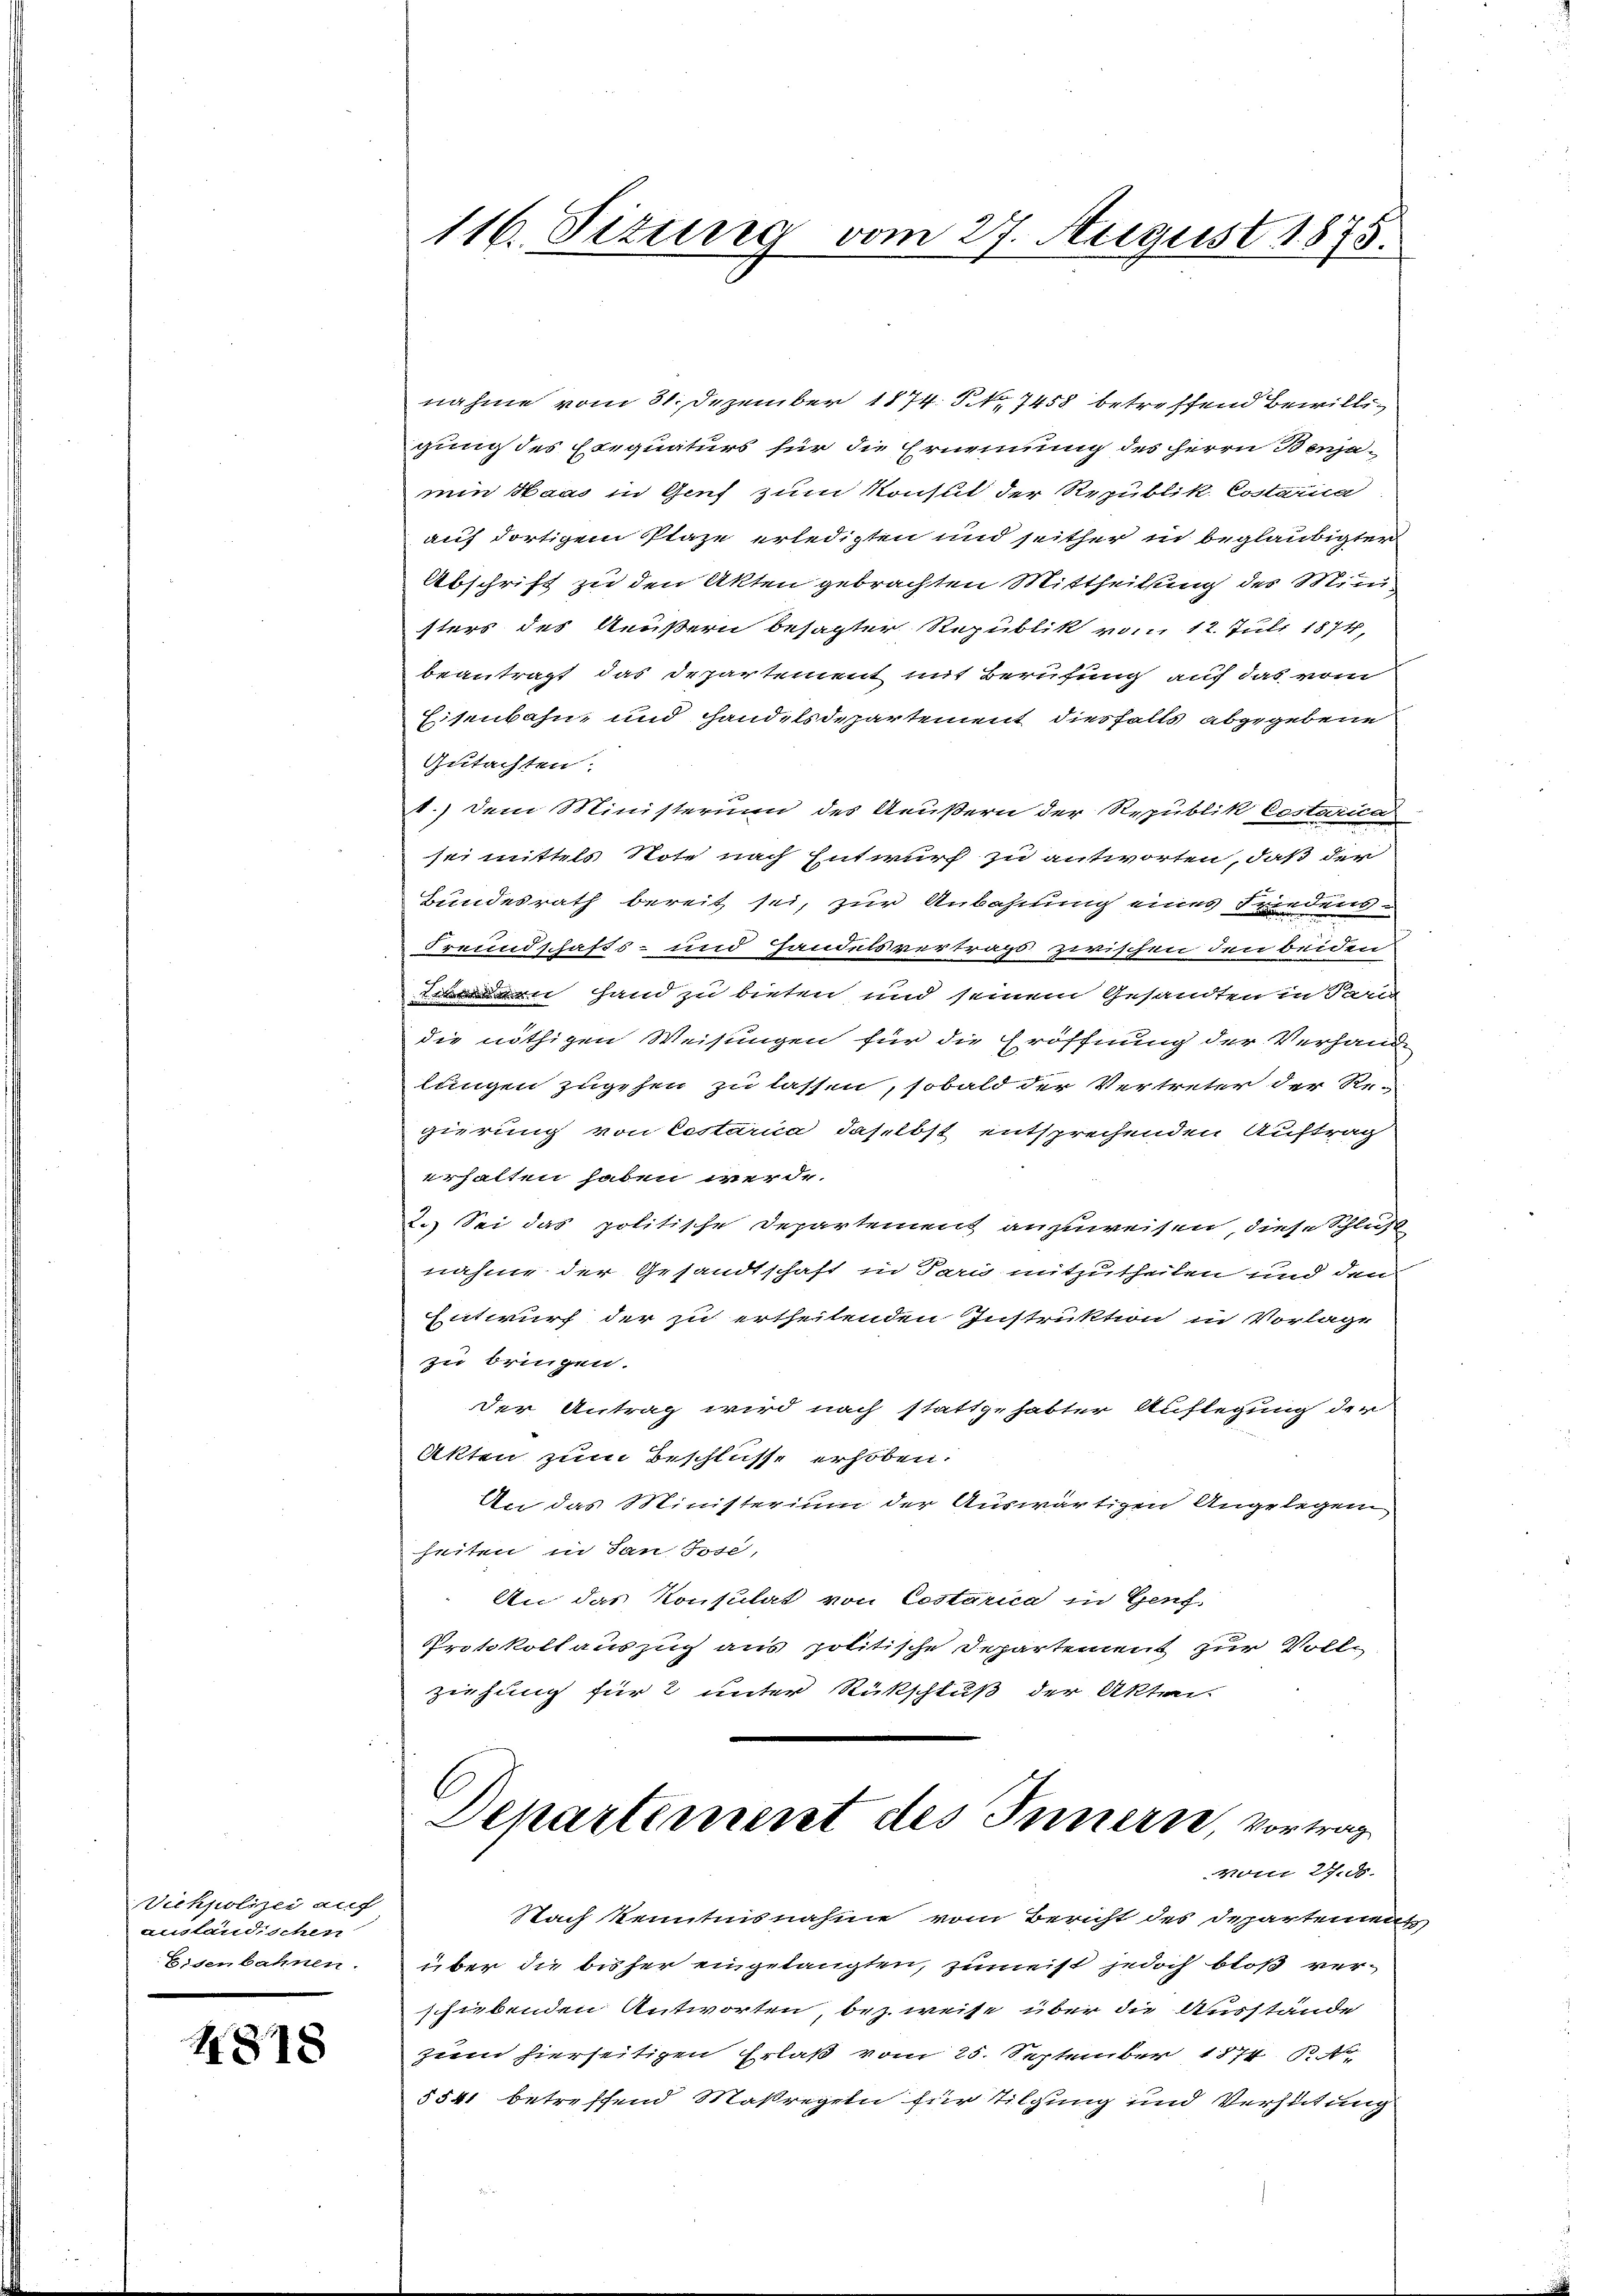
Viehpolizei auf
ausland schen
Eisenbahnen.

4818

116. Situng vom 27. August 1875.

nahme vom 31. Dezember 1874. S. 7458 betreffend Bewilligung des Erequaturs für die Ernennung des Herrn Benja-
min Haas in Genf zum Konsul der Republik Costaria
auf dortigem Plaze erledigten und seither in beglaubigter
Abschrift zu den Akten gebrachten Mittheilung des Mini
sters des Aeußern besagter Republik vom 12. Juli 1874,
beantragt das Departement mit Berufung auf das vom
Eisenbahn und Handelsdepartement diesfalls abgegebene
Gutachten:
1.) Dem Ministerium des Aeußern der Republik Costarica
sei mittels Note nach Entwurf zu antworten, daß der
Bundesrath bereit sei, zur Anbahnung eines Friedens¬
Freundschafts- und Handelsvertrags zwischen den beiden
n Hand zu bieten und seinem Gesandten in Parts
die nöthigen Weisungen für die Eröffnung der Verhand-
lungen zugehen zu lassen, sobald der Vertreter der Re-
gierung von Costarca, daselbst entsprechenden Auftrag
erhalten haben werde.
2.) Sei das politische Departement anzuweisen, diese Schluß
nahme der Gesandtschaft in Parimitzutheilen und den
Entwurf der zu ertheitenden Instruktion in Vorlage
zu bringen.
der Antrag wird nach stattgehabter Auflegung der
Akten zum Beschlusse erhoben.
An das Ministerium der Auswärtigen Angelegen
heiten, in San Jose,
An das Konsulat von Costarica in Genf,
Protokollauszug aus politische Departement zur Vollziehung für 2 unter Rückschluß der Akten.
Departement des Innern, Vortrag
Vom 27. d.
Nach Kenntnisnahme vom Bericht des Departemen
über die bisher eingelangten, zumeist jedoch bloß verschiebenden Antworten, bezweise über die Ausstände
zuem hierseitigen Erlaß vom 25. September 1874 A
5541 betreffend Maßregeln für Tilgung und Verhütung